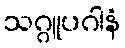
သဂ္ဂူပဂါနံ